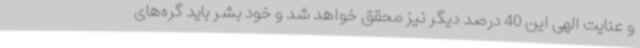
و عنایت الهی این 40 درصد دیگر نیز محقق خواهد شد و خود بشر باید گره‌های